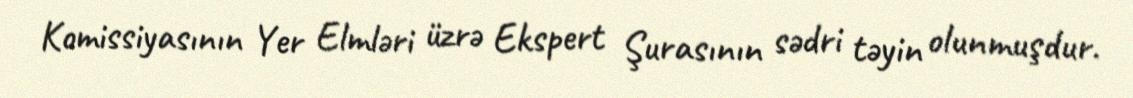
Komissiyasının Yer Elmləri üzrə Ekspert Şurasının sədri təyin olunmuşdur.